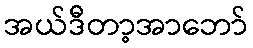
အယ်ဒီတာ့အာဘော်